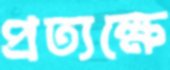
প্রত্যক্ষে